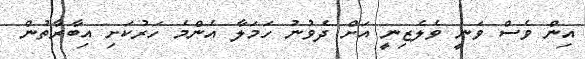
އިން ވެސް ވަނީ ވެލެޒިނީ އަށް ދެވުނު ހަމަލާ އެންމެ ހަރުކަށި އިބާރާތުން